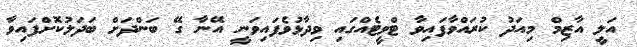
އަލީ އާޒިމް މިއަދު ކުރައްވާފައިވާ ޓްވީޓެއްގައި ވިދާޅުވެފައިވަނީ އޭނާ ގޭ ބަންދަށް ބަދަލުކޮށްފައިވާ